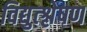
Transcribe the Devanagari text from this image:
विद्युत्श्लेषण